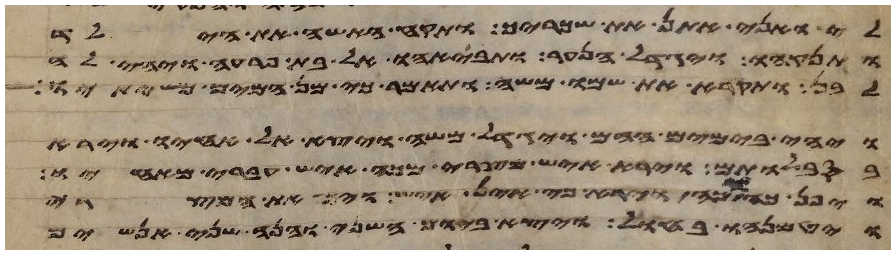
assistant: לי ואני אתן את שכריך ותקח האשה את הילד
ותינקהו ויגדל הנער ותבאהו אל בת פרעה ויהי לה
לבן ותקרא את שמו משה ותאמר כי מן המים משיתיו
ויהי בימים ההם ויגדל משה ויצא אל אחיו וירא
בסבלותם וירא איש מצרי מכה איש עברי מאחיו
ויפן כה וכה וירא כי אין איש ויך את המצרי
ויטמנהו בחול ויצא ביום השני והנה שני אנשים